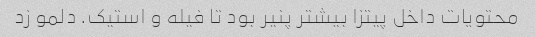
محتویات داخل پیتزا بیشتر پنیر بود تا فیله و استیک. دلمو زد